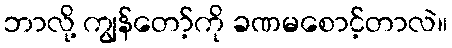
ဘာလို့ ကျွန်တော့်ကို ခဏမစောင့်တာလဲ။